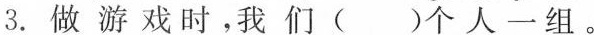
3.做游戏时，我们（ ）个人一组。